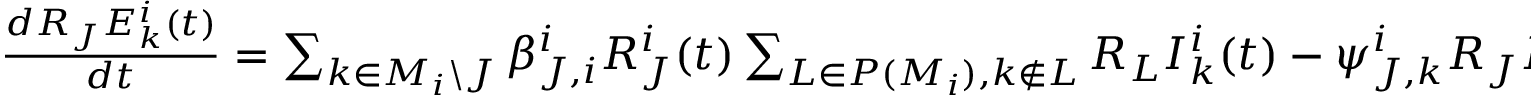
\begin{array} { l } { \frac { d R _ { J } E _ { k } ^ { i } ( t ) } { d t } = \sum _ { k \in M _ { i } \backslash J } \beta _ { J , i } ^ { i } R _ { J } ^ { i } ( t ) \sum _ { L \in P ( M _ { i } ) , k \not \in L } R _ { L } I _ { k } ^ { i } ( t ) - \psi _ { J , k } ^ { i } R _ { J } E _ { k } ^ { i } ( t ) . } \end{array}